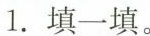
1.填一填。